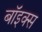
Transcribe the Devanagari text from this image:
बाॅइक्स